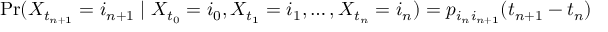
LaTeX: \operatorname* { P r } ( X _ { t _ { n + 1 } } = i _ { n + 1 } \mid X _ { t _ { 0 } } = i _ { 0 } , X _ { t _ { 1 } } = i _ { 1 } , \ldots , X _ { t _ { n } } = i _ { n } ) = p _ { i _ { n } i _ { n + 1 } } ( t _ { n + 1 } - t _ { n } )